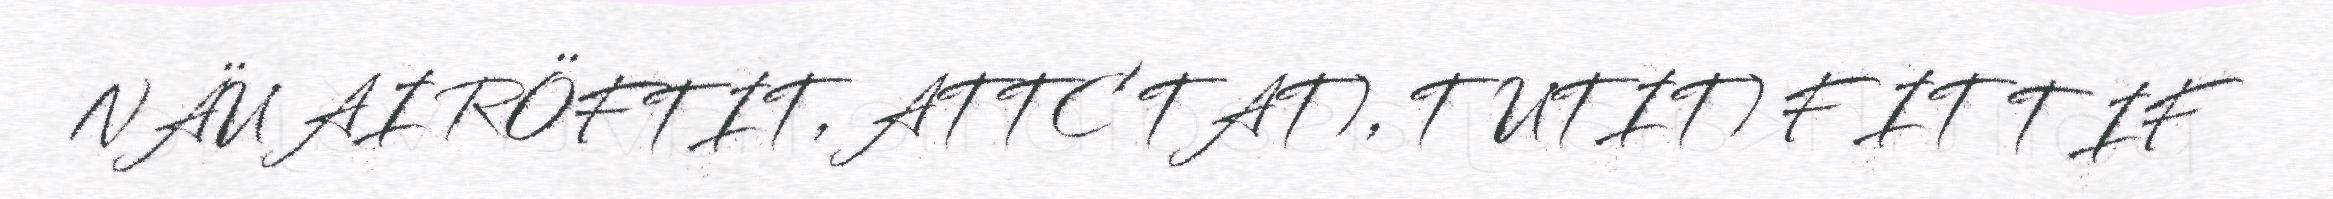
NÄU AI RÖFTIT, ATTC TAT), TUTIT) F IT T IF